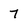
Character: 7